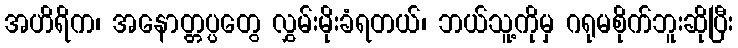
အဟိရိက၊ အနောတ္တပ္ပတွေ လွှမ်းမိုးခံရတယ်၊ ဘယ်သူ့ကိုမှ ဂရုမစိုက်ဘူးဆိုပြီး